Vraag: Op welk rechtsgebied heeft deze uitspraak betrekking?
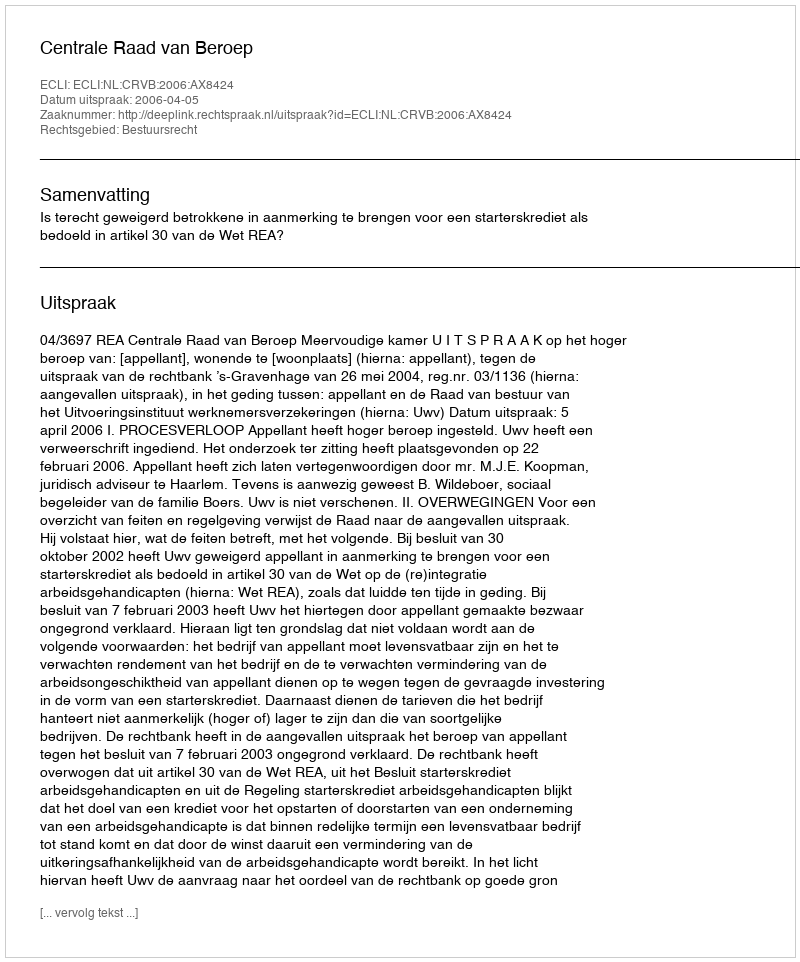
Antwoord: Bestuursrecht